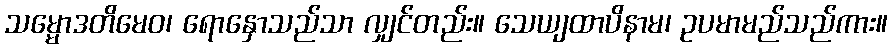
သမ္မောဒတိမေဝ၊ ရောနှောသည်သာ လျှင်တည်း။ သေယျထာပိနာမ၊ ဥပမာမည်သည်ကား။